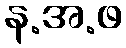
န.အ.ဖ